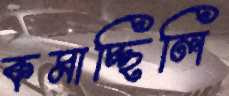
কমাচ্ছিলি